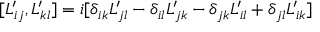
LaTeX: [ L _ { i j } ^ { \prime } , L _ { k l } ^ { \prime } ] = i [ \delta _ { i k } L _ { j l } ^ { \prime } - \delta _ { i l } L _ { j k } ^ { \prime } - \delta _ { j k } L _ { i l } ^ { \prime } + \delta _ { j l } L _ { i k } ^ { \prime } ] \,